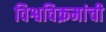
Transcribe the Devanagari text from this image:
विश्वविक्रमांची